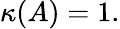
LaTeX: \kappa(A)=1.